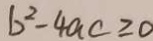
b ^ { 2 } - 4 a c \geq 0